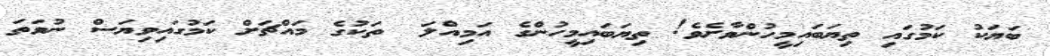
ބަޔަކު ކަމުގައި ތިޔަބައިމީހުންވާށެވެ! ތިޔަބައިމީހުންގެ އަމިއްލަ  ތަކުގެ މައްޗަށް ކަމުގައިވިޔަސް ނުވަތަ